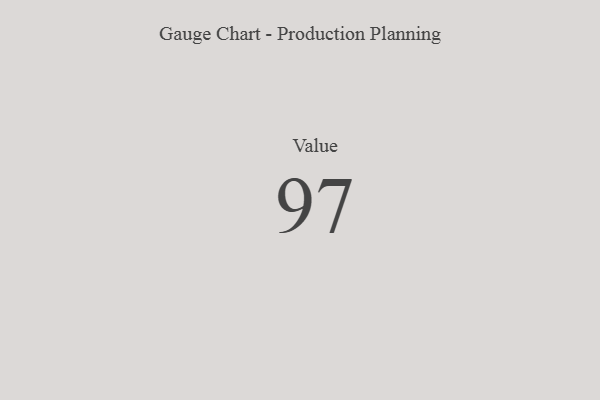
{"axis": {"x": "Metric", "y": "Value"}, "legend": [""], "data": [{"x": "Value", "y": 97, "type": ""}]}